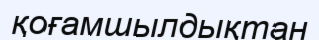
қоғамшылдықтан